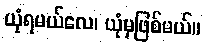
ယုံရမယ်လေ၊ ယုံမှဖြစ်မယ်။